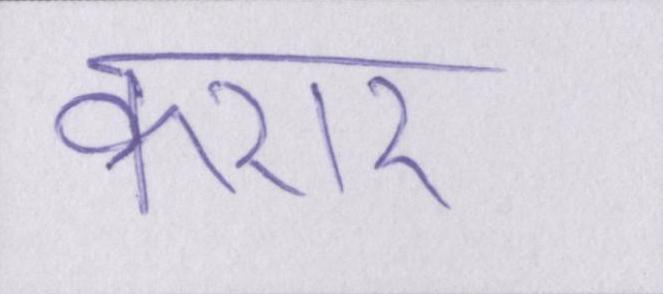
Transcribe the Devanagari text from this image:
करार